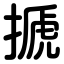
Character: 搋